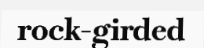
rock-girded